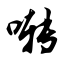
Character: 啭